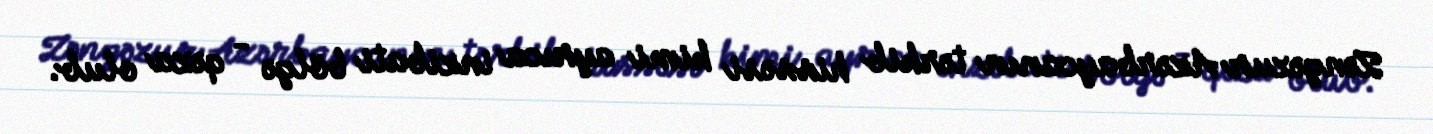
Zəngəzur Azərbaycanın tərkib hissəsi kimi ayrıca inzibati bölgə - qəza olub.